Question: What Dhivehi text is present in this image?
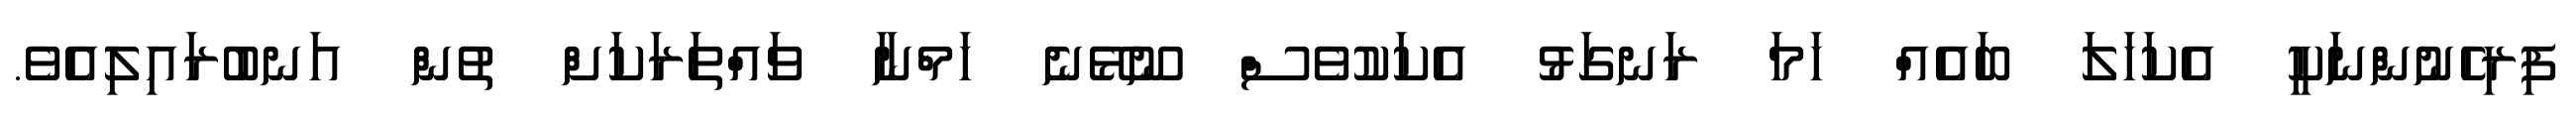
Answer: ފިރިހެނުންނަކީ އެކަހަލަ ބައެއް ހަމަ ރަނގަޅު އެކަކުވެސް ނޫޅޭނެ ހަމްނާ ވައްތަރަކަށް ތުން އަނބުރައިލިއެވެ.